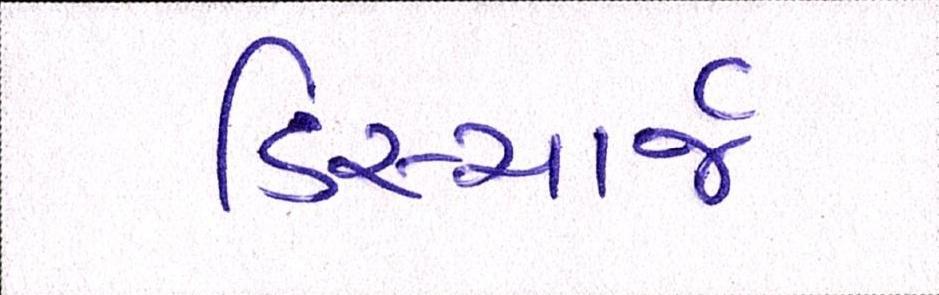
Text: ડિસ્ચાર્જ